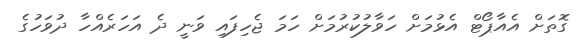
ގޮތަށް އެއާޕޯޓް އެޅުމަށް ހަވާލުކުރުމަށް ހަމަ ޖެހިފައި ވަނީ ދެ އަހަރެއްހާ ދުވަހުގެ